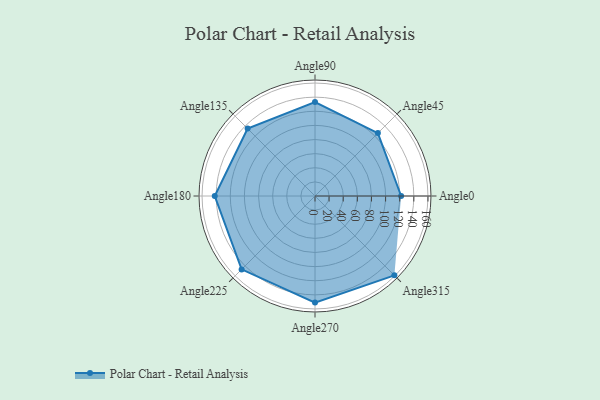
{"axis": {"x": "Angle", "y": "Radius"}, "legend": [""], "data": [{"x": "Angle0", "y": 122.0, "type": ""}, {"x": "Angle45", "y": 126.0, "type": ""}, {"x": "Angle90", "y": 133.0, "type": ""}, {"x": "Angle135", "y": 135.0, "type": ""}, {"x": "Angle180", "y": 142.0, "type": ""}, {"x": "Angle225", "y": 147.0, "type": ""}, {"x": "Angle270", "y": 151.0, "type": ""}, {"x": "Angle315", "y": 159.0, "type": ""}]}